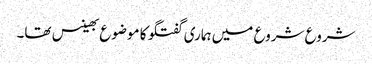
شروع شروع میں ہماری گفتگو کا موضوع بھینس تھا۔